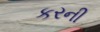
કરની